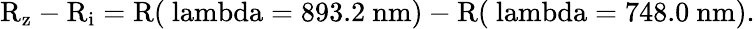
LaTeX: \mathrm{R_{z}-R_{i}=R(\ lambda=893.2~nm)-R(\ lambda=748.0~nm)}.